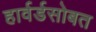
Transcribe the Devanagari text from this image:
हार्वर्डसोबत